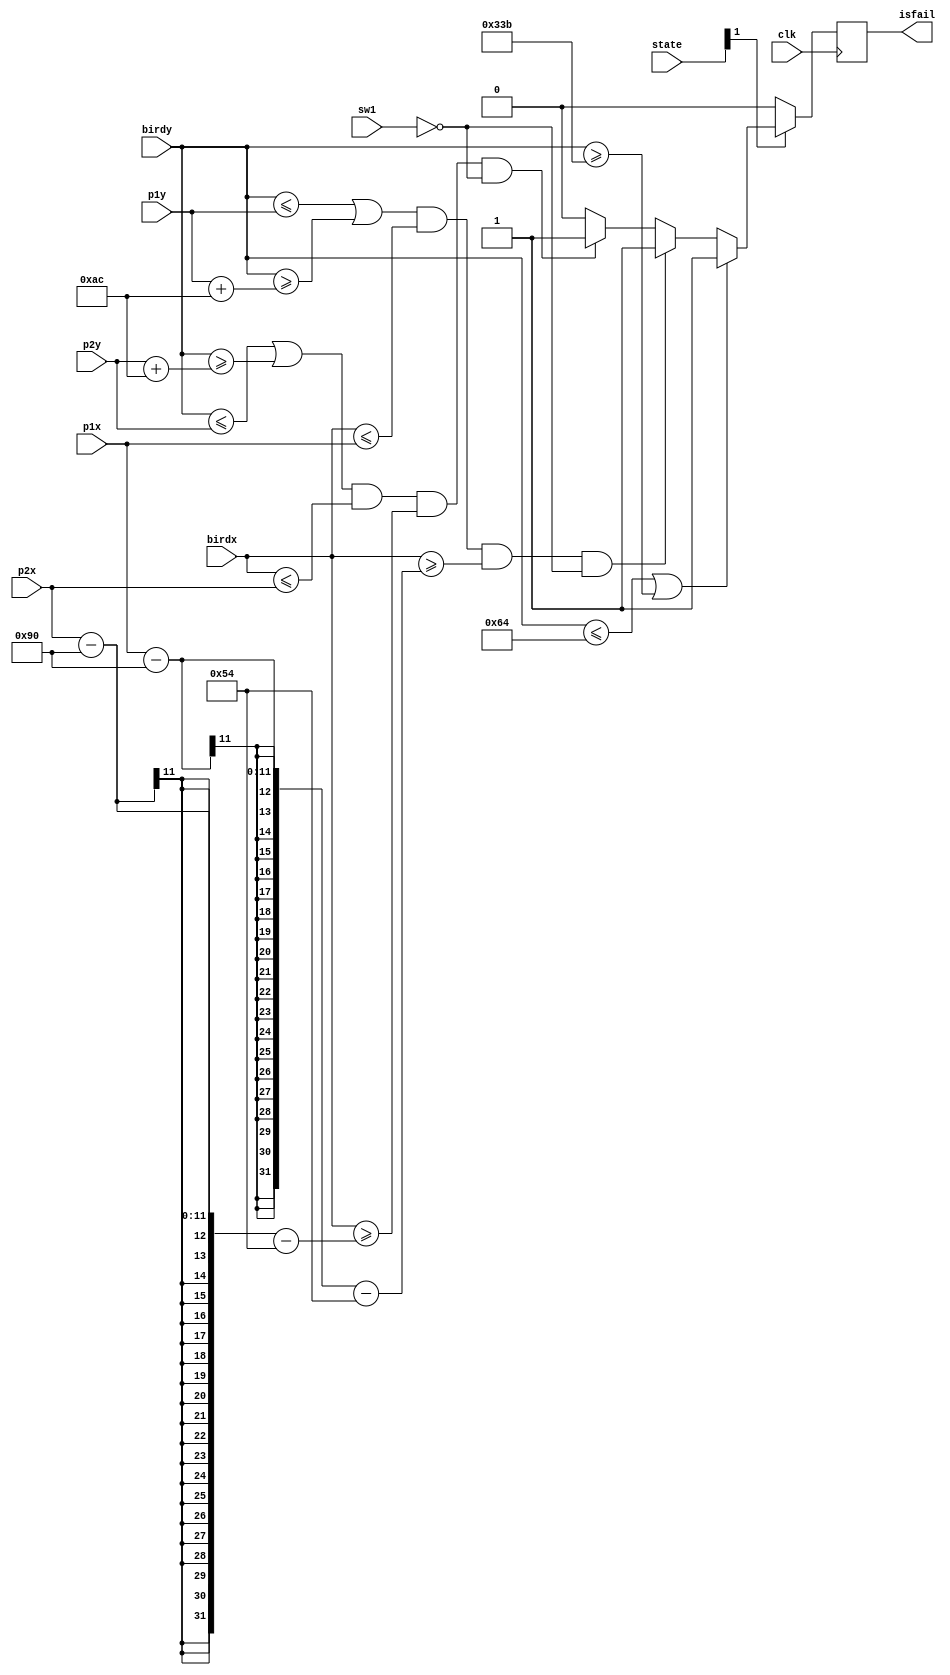
`timescale 1ns / 1ps

// moudle to det weather game fail
module fail(
    input [2:0] state,
    input clk,
    input [10:0] birdx,
    input [10:0] birdy,
//    input isbird,
//    input ispillar,
    input [10:0] p1x,
    input [10:0] p1y,
    input [10:0] p2x,
    input [10:0] p2y,
    input sw1,    
    output reg isfail
    );
    
    // now just det weather bird fall out of range
    initial isfail = 1'b0;
    
    always@(posedge clk) begin
        if(state[1]) begin
            if((birdy <= 100) || (birdy >= 827)) isfail <= 1'b1;    // if is playing and birdy is out of range   
//            else if((isbird == 1) && (ispillar == 1)) isfail <= 1'b1;
// cheat code, touch pillar not fail
            else if(((birdy <= p1y) || (birdy >= (p1y + 172))) && (birdx <= p1x) && (birdx >= (p1x - 144 - 84)) && !sw1) isfail <= 1'b1;
            else if(((birdy <= p2y) || (birdy >= (p2y + 172))) && (birdx <= p2x) && (birdx >= (p2x - 144 - 84)) && !sw1) isfail <= 1'b1;            
            else isfail <= 1'b0;
        end
        else isfail <= 1'b0;
    end
    
endmodule